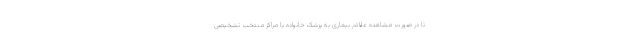
تا در صورت مشاهده علائم بیماری به پزشک خانواده یا مراکز منتخب تشخیصی